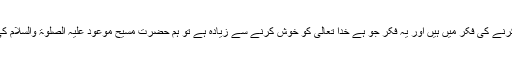
اگر آج ہم اپنے دنیاوی مالکوں کو خوش کرنے کی فکر میں ہیں اور یہ فکر جو ہے خدا تعالیٰ کو خوش کرنے سے زیادہ ہے تو ہم حضرت مسیح موعود علیہ الصلوۃ والسلام کی بعثت کے مقصد کو پورا نہیں کر رہے۔